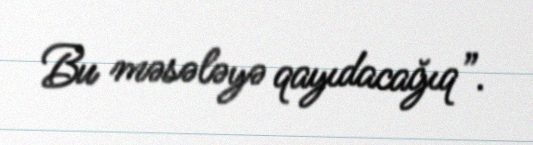
Bu məsələyə qayıdacağıq”.